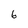
Character: 6